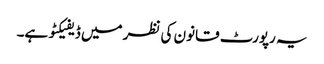
یہ رپورٹ قانون کی نظر میں ڈیفیکٹو ہے۔